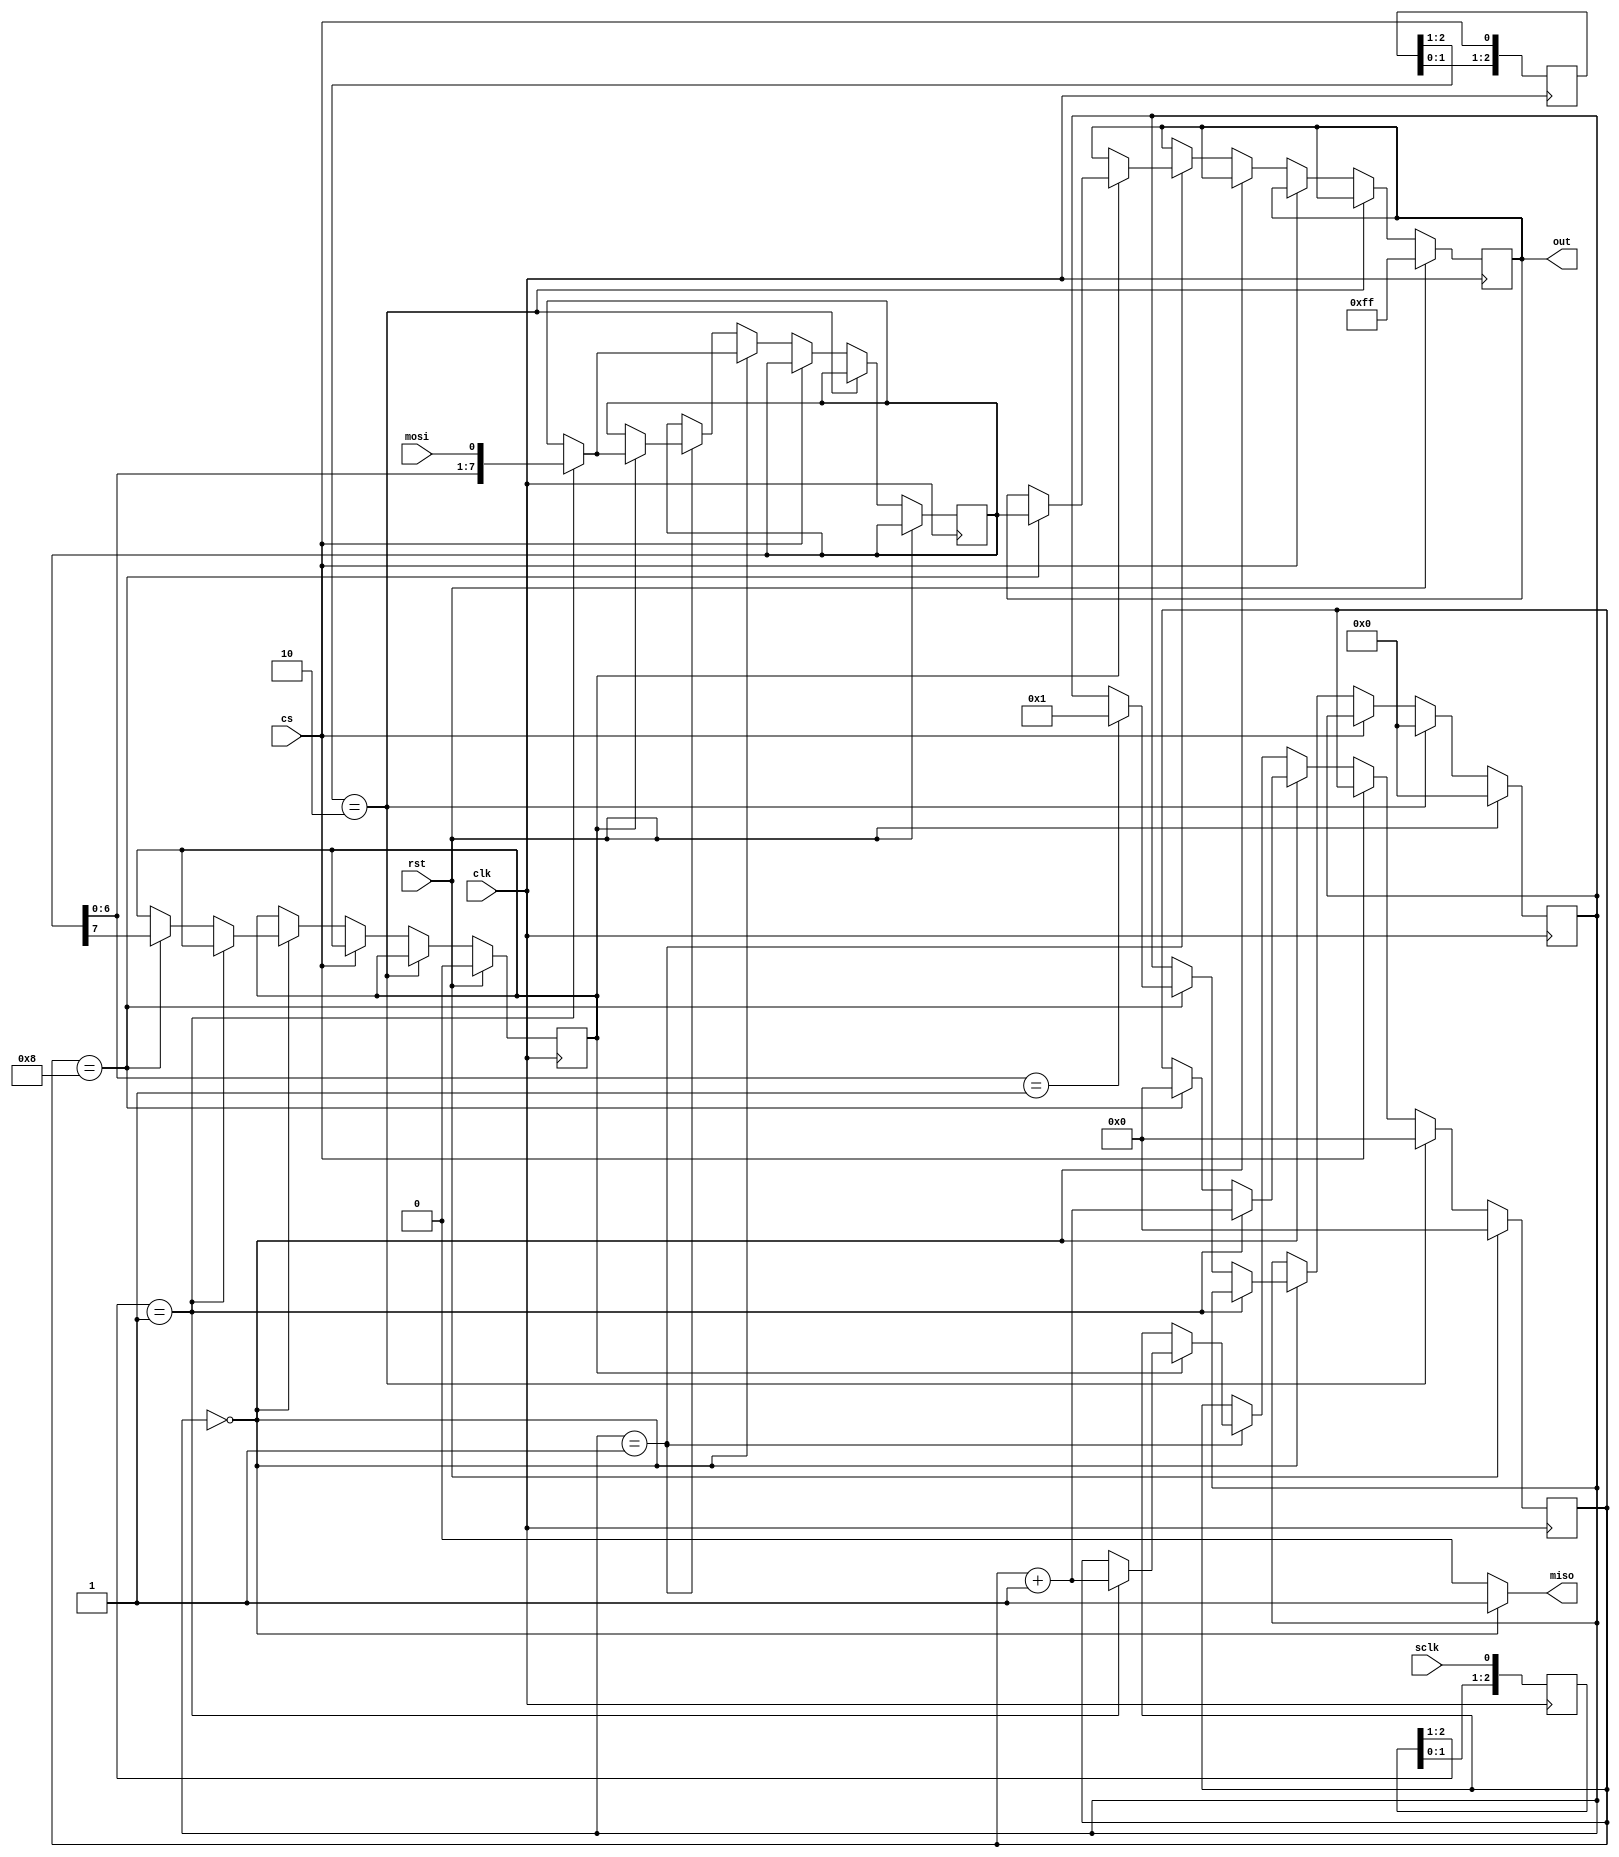
//-----------------------------------------------------------------------------
//
// Title       : Block_upr_att
// Design      : mur1
// Company     : Microsoft
//
//-----------------------------------------------------------------------------
//
// Generated   : Mon Jan 22 11:49:35 2018
// From        : interface description file
// By          : Itf2Vhdl ver. 1.22
//
//-----------------------------------------------------------------------------
//
// Description : 
//
//-----------------------------------------------------------------------------
`timescale 1 ns / 1 ps

//{{ Section below this comment is automatically maintained
//   and may be overwritten
//{module {Block_upr_spi1}}
module Block_write_spi ( clk,sclk,mosi,miso,cs ,rst ,out);	

parameter Nbit=8;	
parameter param_adr=1; 

output [Nbit-1:0] out ;
wire   [Nbit-1:0] out ;

output  miso;

input clk ;
wire clk ;	 
input sclk ;
wire sclk ;
input mosi ;
wire mosi ;
input cs ;
wire cs ;
input rst ;
wire rst ;	

reg [Nbit-1:0] data_out=0; 
reg [Nbit-1:0] data_in=0; 
reg [3:0] front_clk_spi=0;	
reg [3:0] front_cs_spi=0;	 
reg [3:0] flag=0;   
reg [7:0] sch;	   
reg r_w = 0;// -
reg [Nbit:0] reg_out=0;
reg flag_wr=0;

always @(posedge clk) front_clk_spi<={front_clk_spi[2:0],sclk};
always @(posedge clk) front_cs_spi <={front_cs_spi[2:0] ,cs};

always @(posedge clk)
begin 
if (rst)
	begin sch<=0; data_out<=32'hffffffff; flag<=0; r_w<=0;end
	else 
		if (front_cs_spi[2:1]==2'b10)	 begin sch<=0; flag<=0;end
		else
			if (cs==0) 
				begin
					if (flag==0)		//    	
					begin  		
						if (front_clk_spi[2:1]==2'b01) 
						begin
						data_in<={data_in[Nbit-2:0],mosi};
						sch<=sch+1;
						end	
					    else if (sch==8)  
							begin 
							sch<=0;
							if (data_in[6:0]==param_adr) begin flag<=1; flag_wr<=1;end// 
							r_w <=data_in[7]; 
							end 		
					end
					else  
						if (flag==1)
							begin
								flag_wr<=0;
								if (r_w==1)	//
								begin  		
									if (front_clk_spi[2:1]==2'b01) 
									begin
									data_in<={data_in[Nbit-2:0],mosi};
									sch<=sch+1;
									end	 
									if (sch==Nbit)  data_out<=data_in;//	 		
								end 
							end
				end	
end
assign 	   out  =  data_out[Nbit-1:0];	
assign 	   miso =  (flag==0)?1'h1:reg_out[Nbit];
	
endmodule